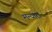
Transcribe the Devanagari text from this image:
मन्यारा